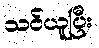
သင်ယူပြီး